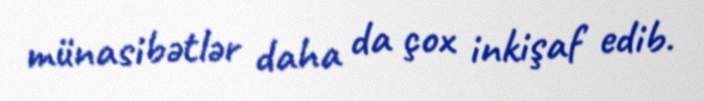
münasibətlər daha da çox inkişaf edib.